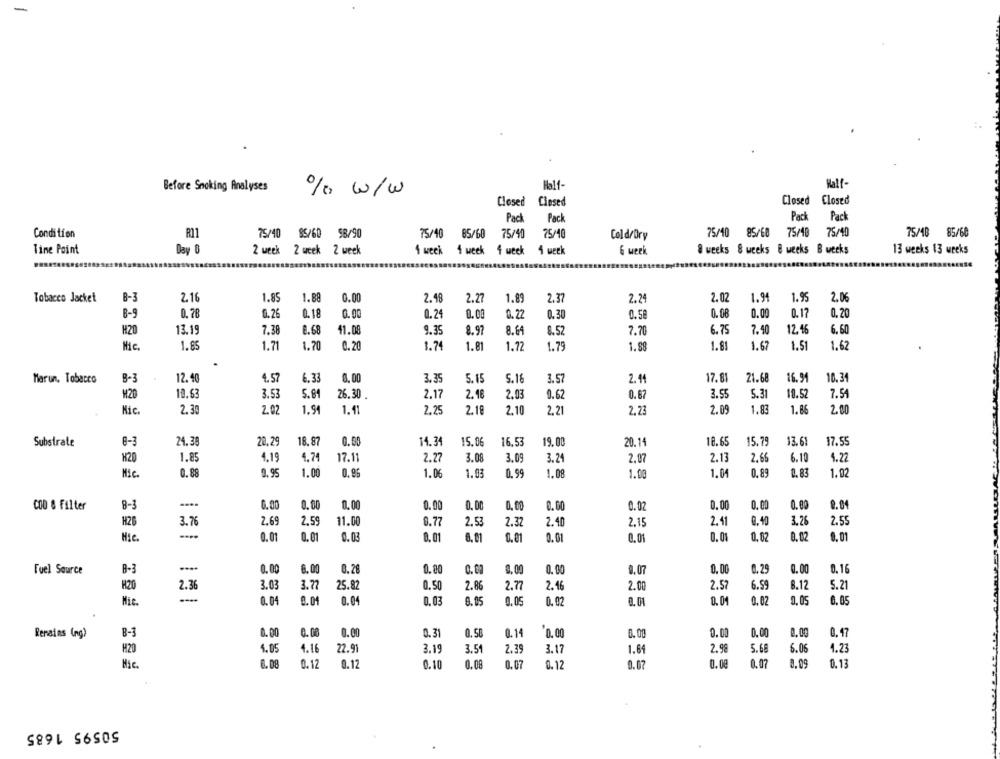
Before Smoking Analyses
Half-
% w/w
Closed Closed
Closed Closed
Pack
Pack
Pack
Pack
Condition
R11
75/40 85/60 98/90
75/40
85/60
75/40
75/40
Cold/Bry
75/40
85/68
75/40
75/40
75/40 85/60
Tine Point
Day 0
2 week 2 week 2 week
1 week
1 week 4 weck 4 week
6 week
8 weeks & weeks & weeks B weeks
13 weeks 13 weeks
1.85
1.89
1.94
Tobacco Jacket
B-3
2.16
0.00
2.48
2.27
1.89
2.37
2.24
2.02
1.95
2.06
0.17
8-9
0.78
0.26
0.18
0.00
0.24
0.00
0.27
0.30
0.58
0.08
0.00
0, 20
H20
13.19
7.38
8.68
41.08
9.35
8.97
8.64
8.52
7.70
6.75
7.40
12.46
6.60
Nic.
1.85
1.71
1.70
0.20
1.74
1.81
1.72
1.79
1.88
1.81
1.67
1.5
1,62
Marun. Tobacco
8-3
12.40
4.57
6.33
8.00
3.35
5.15
5.18
3.57
2.14
17.81
21.68
16.94
10.34
H20
19.53
3.5
5.81
26.30
2.17
2.18
2.03
0.62
0.67
3.55
5.31
10.52
7.54
Mic.
2.30
2.02
1.94
1.11
2.25
2.18
2.10
2,21
2.23
2.09
1.83
1.86
2.00
20.29
18.87
15.79
13.61
Substrate
8-3
24.38
0.00
14.34
15.06
16,53
19.00
20.14
18.65
17.55
K20
1.85
4.19
4.74
17.11
2.27
3.08
3.09
3.24
2.97
2.13
2.66
6.10
1.22
Mic.
0.88
9.95
1.00
0,86
1.06
1.03
0.99
1.08
1.00
1.04
0.89
0.83
1.02
COD & Filter
8-3
0.00
0.00
0.00
0.00
0, 00
0, 00
0.00
0.02
0.00
0. 00
0.00
9.04
H26
3.7
2.69
2.59
11.00
0.77
2.53
2.32
2.40
2.15
2.41
0,40
3.26
2.55
Nic
0.01
0.01
0.03
8. 01
0.01
0.01
0.01
0.0%
0,82
0.02
8.01
B-3
0. 00
8.00
0.28
0.00
0.00
0.00
0.00
0.07
0.00
0.25
0.00
0. 16
Fuel Source
3.03
3.77
25.82
0.50
2.86
2.77
2.46
6.59
8.12
5.21
H20
2.36
2.00
2.57
0.05
Mic.
0.04
0.01
0.04
0.03
8.05
0,05
0.02
0. 01
0.01
0.02
6.05
Remains (ng)
B-3
0.00
0.00
0.00
0.31
0.50
0.14
0,00
6.00
0.00
0.00
0,00
0. 17
H20
1.05
4.16
22.91
3.19
3.51
2.39
3.17
1.64
2.98
5.68
6.06
1.23
Nic.
0.08
0.12
0.12
0.10
0.08
0.07
0.12
0.07
0.00
0.07
0.13
50595 1685